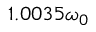
1 . 0 0 3 5 \omega _ { 0 }